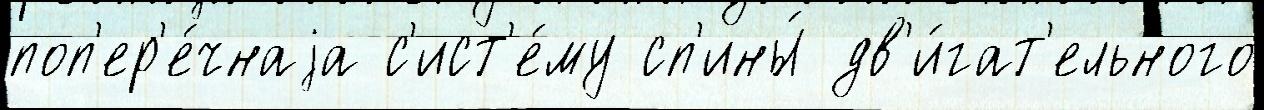
поп'ер'е́чнаjа с'ист'е́му сп'ины́ дв'и́гат'ельного